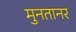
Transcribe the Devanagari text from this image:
मुनतानर